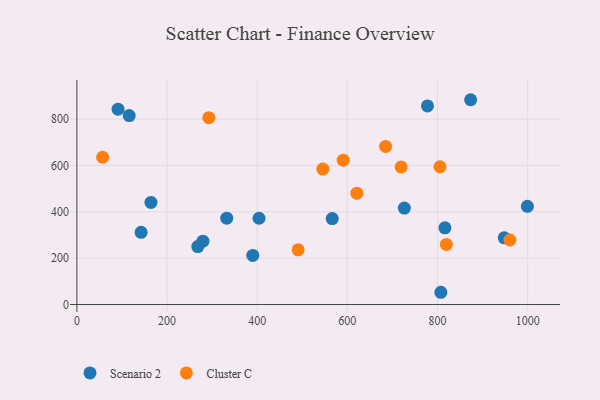
{"axis": {"x": "Engine Size", "y": "Sales"}, "legend": ["Cluster C", "Scenario 2"], "data": [{"x": "116.0", "y": 815.5, "type": "Scenario 2"}, {"x": "873.5", "y": 883.7, "type": "Scenario 2"}, {"x": "91.3", "y": 842.8, "type": "Scenario 2"}, {"x": "948.0", "y": 287.7, "type": "Scenario 2"}, {"x": "390.2", "y": 211.9, "type": "Scenario 2"}, {"x": "142.5", "y": 311.3, "type": "Scenario 2"}, {"x": "279.6", "y": 273.4, "type": "Scenario 2"}, {"x": "726.4", "y": 416.0, "type": "Scenario 2"}, {"x": "999.3", "y": 423.8, "type": "Scenario 2"}, {"x": "268.2", "y": 250.0, "type": "Scenario 2"}, {"x": "164.3", "y": 440.5, "type": "Scenario 2"}, {"x": "777.7", "y": 856.8, "type": "Scenario 2"}, {"x": "816.4", "y": 331.0, "type": "Scenario 2"}, {"x": "566.4", "y": 370.9, "type": "Scenario 2"}, {"x": "807.4", "y": 52.7, "type": "Scenario 2"}, {"x": "332.4", "y": 372.4, "type": "Scenario 2"}, {"x": "404.0", "y": 372.2, "type": "Scenario 2"}, {"x": "57.1", "y": 635.5, "type": "Cluster C"}, {"x": "621.0", "y": 480.6, "type": "Cluster C"}, {"x": "490.8", "y": 235.8, "type": "Cluster C"}, {"x": "805.4", "y": 594.5, "type": "Cluster C"}, {"x": "960.5", "y": 278.2, "type": "Cluster C"}, {"x": "292.7", "y": 806.1, "type": "Cluster C"}, {"x": "684.8", "y": 682.3, "type": "Cluster C"}, {"x": "590.8", "y": 623.0, "type": "Cluster C"}, {"x": "819.5", "y": 259.1, "type": "Cluster C"}, {"x": "719.3", "y": 593.5, "type": "Cluster C"}, {"x": "545.6", "y": 584.4, "type": "Cluster C"}]}